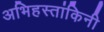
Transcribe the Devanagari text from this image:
अभिहस्तांकिनी